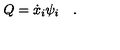
Q = { \dot { x } } _ { i } \psi _ { i } \quad .